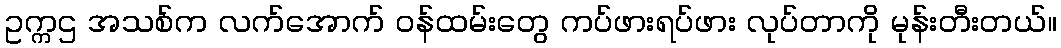
ဥက္ကဌ အသစ်က လက်အောက် ဝန်ထမ်းတွေ ကပ်ဖားရပ်ဖား လုပ်တာကို မုန်းတီးတယ်။